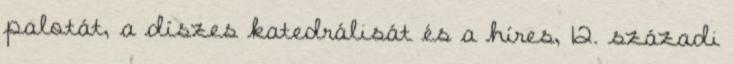
palotát, a díszes katedrálisát és a híres, 12. századi